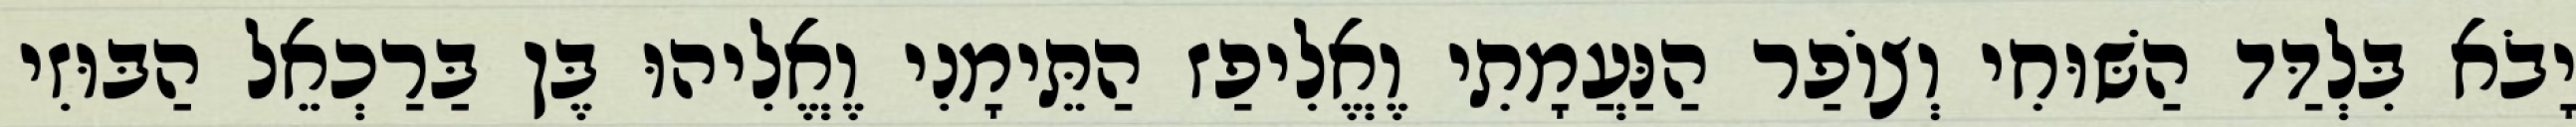
יָבֹא בִּלְדַּד הַשּׁוּחִי וְצוֹפַר הַנַּעֲמָתִי וֶאֱלִיפַז הַתֵּימָנִי וֶאֱלִיהוּ בֶּן בַּרַכְאֵל הַבּוּזִי